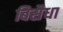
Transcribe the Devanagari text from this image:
बिसैधा